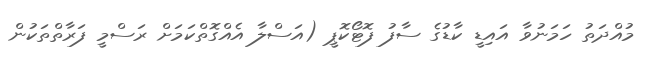
މުއްދަތު ހަމަނުވާ އައިޑީ ކާޑުގެ ސާފު ފޮޓޯކޮޕީ (އަސްލާ އެއްގޮތްކަމަށް ރަސްމީ ފަރާތްތަކުން